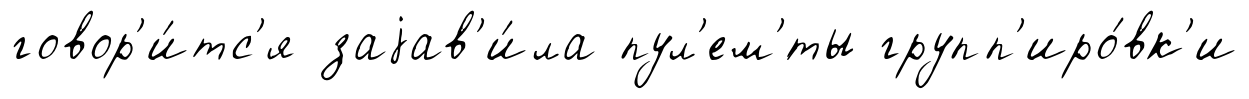
говор'и́тс'я заjав'и́ла пул'ем'́ты групп'иро́вк'и